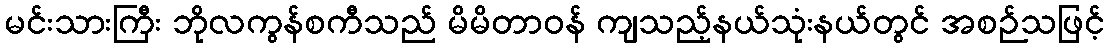
မင်းသားကြီး ဘိုလကွန်စကီသည် မိမိတာဝန် ကျသည့်နယ်သုံးနယ်တွင် အစဉ်သဖြင့်